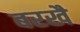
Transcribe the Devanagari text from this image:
बरखै